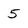
Character: 5